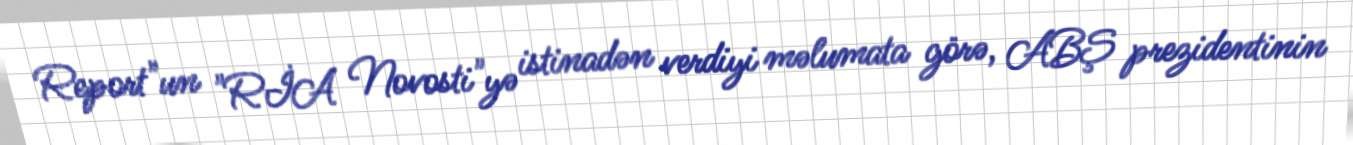
Report"un "RİA Novosti"yə istinadən verdiyi məlumata görə, ABŞ prezidentinin